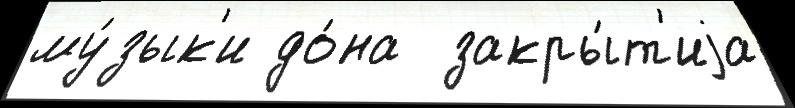
му́зык'и до́на  закры́т'иjа